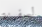
لسفينة